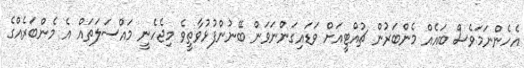
އެހެންނަމަވެސް ބައެއް މެންބަރުން ޗުއްޓީއަށް ވަޑައިގަންނަވަން ބޭނުންފުޅުވާތީވެ މިޖެހެނީ މައްސަލަތައް އެ މެންބަރެއްގެ